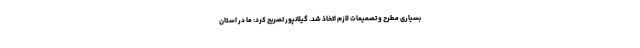
بسیاری مطرح و تصمیمات لازم اتخاذ شد. گیلانپور تصریح کرد: ما در استان